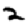
Digit: 2